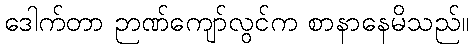
ဒေါက်တာ ဉာဏ်ကျော်လွင်က စာနာနေမိသည်။